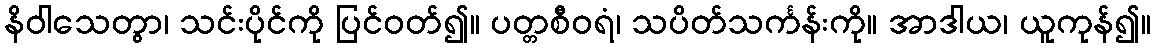
နိဝါသေတွာ၊ သင်းပိုင်ကို ပြင်ဝတ်၍။ ပတ္တစီဝရံ၊ သပိတ်သင်္ကန်းကို။ အာဒါယ၊ ယူကုန်၍။